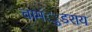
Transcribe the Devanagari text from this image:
चामंुडराय